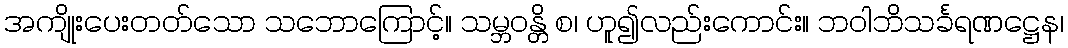
အကျိုးပေးတတ်သော သဘောကြောင့်။ သမ္ဘဝန္တိ စ၊ ဟူ၍လည်းကောင်း။ ဘဝါဘိသင်္ခရဏဋ္ဌေန၊